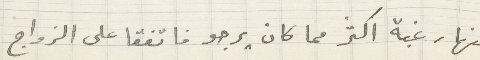
منها رغبة اكثر مما كان يرجو فاتفقا على الزواج